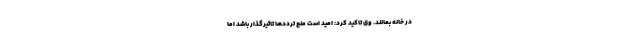
در خانه بمانند. وی تاکید کرد: امید است منع ترددها تاثیرگذار باشد اما